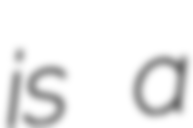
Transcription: is a